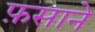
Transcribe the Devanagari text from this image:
फ़साने